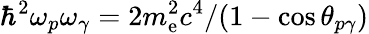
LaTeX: \hbar^{2}\omega_{p}\omega_{\gamma}=2m_{\mathrm{e}}^{2}c^{4}/(1-\cos\theta_{p\gamma})